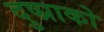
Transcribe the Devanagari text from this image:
दुष्प्राको